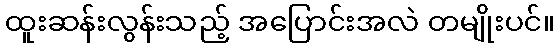
ထူးဆန်းလွန်းသည့် အပြောင်းအလဲ တမျိုးပင်။